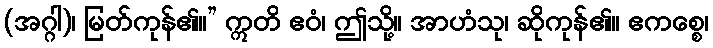
(အဂ္ဂါ)၊ မြတ်ကုန်၏။” ဣတိ ဧဝံ၊ ဤသို့။ အာဟံသု၊ ဆိုကုန်၏။ ဧကစ္စေ၊